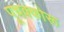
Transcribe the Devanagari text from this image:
पूचक्कोरू